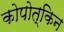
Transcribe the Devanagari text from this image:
कोपोत्किन